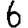
Digit: 6